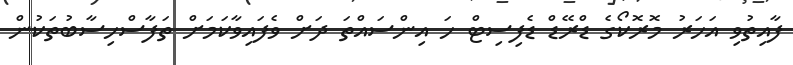
ފާއިތުވި އަހަރު މޮރޮކޯގެ ޑްރޭޑް ޑެފިސިޓް ހަ އިންސައްތަ ދަށް ވެފައިވާކަމަށް ތަފާސްހިސާބުތަކުން